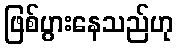
ဖြစ်ပွားနေသည်ဟု